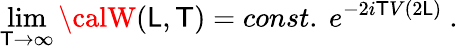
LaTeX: \operatorname*{lim}_{\mathsf{T}\to\infty}{\calW}(\mathsf{L},\mathsf{T})=const.\ e^{-2i\mathsf{T}V(2\mathsf{L})}\ .